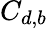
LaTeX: C_{d,b}